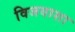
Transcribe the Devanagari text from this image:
विजयाशा